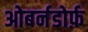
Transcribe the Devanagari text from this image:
ओबर्नडोर्फ़